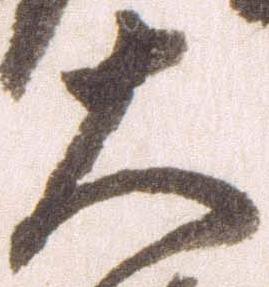
大